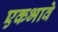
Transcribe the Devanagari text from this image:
एकभावे